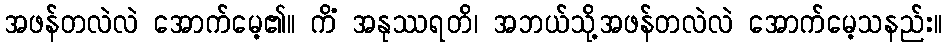
အဖန်တလဲလဲ အောက်မေ့၏။ ကိံ အနုဿရတိ၊ အဘယ်သို့အဖန်တလဲလဲ အောက်မေ့သနည်း။